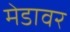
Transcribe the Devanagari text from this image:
मेडावर